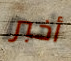
أخبر